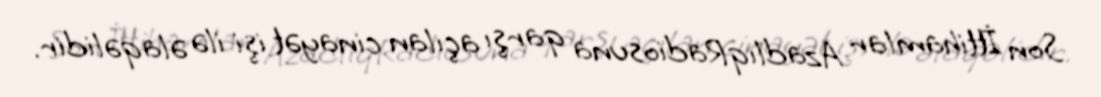
Son İttihamlar AzadlıqRadiosuna qarşı açılan cinayət işi ilə əlaqəlidir.